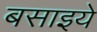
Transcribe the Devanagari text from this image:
बसाइये